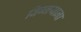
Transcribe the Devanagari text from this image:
विग्नयाना